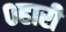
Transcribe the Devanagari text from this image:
०हारी